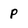
Character: p